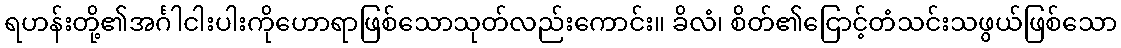
ရဟန်းတို့၏အင်္ဂါငါးပါးကိုဟောရာဖြစ်သောသုတ်လည်းကောင်း။ ခိလံ၊ စိတ်၏ငြောင့်တံသင်းသဖွယ်ဖြစ်သော